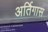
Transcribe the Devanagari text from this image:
अर्तिगास